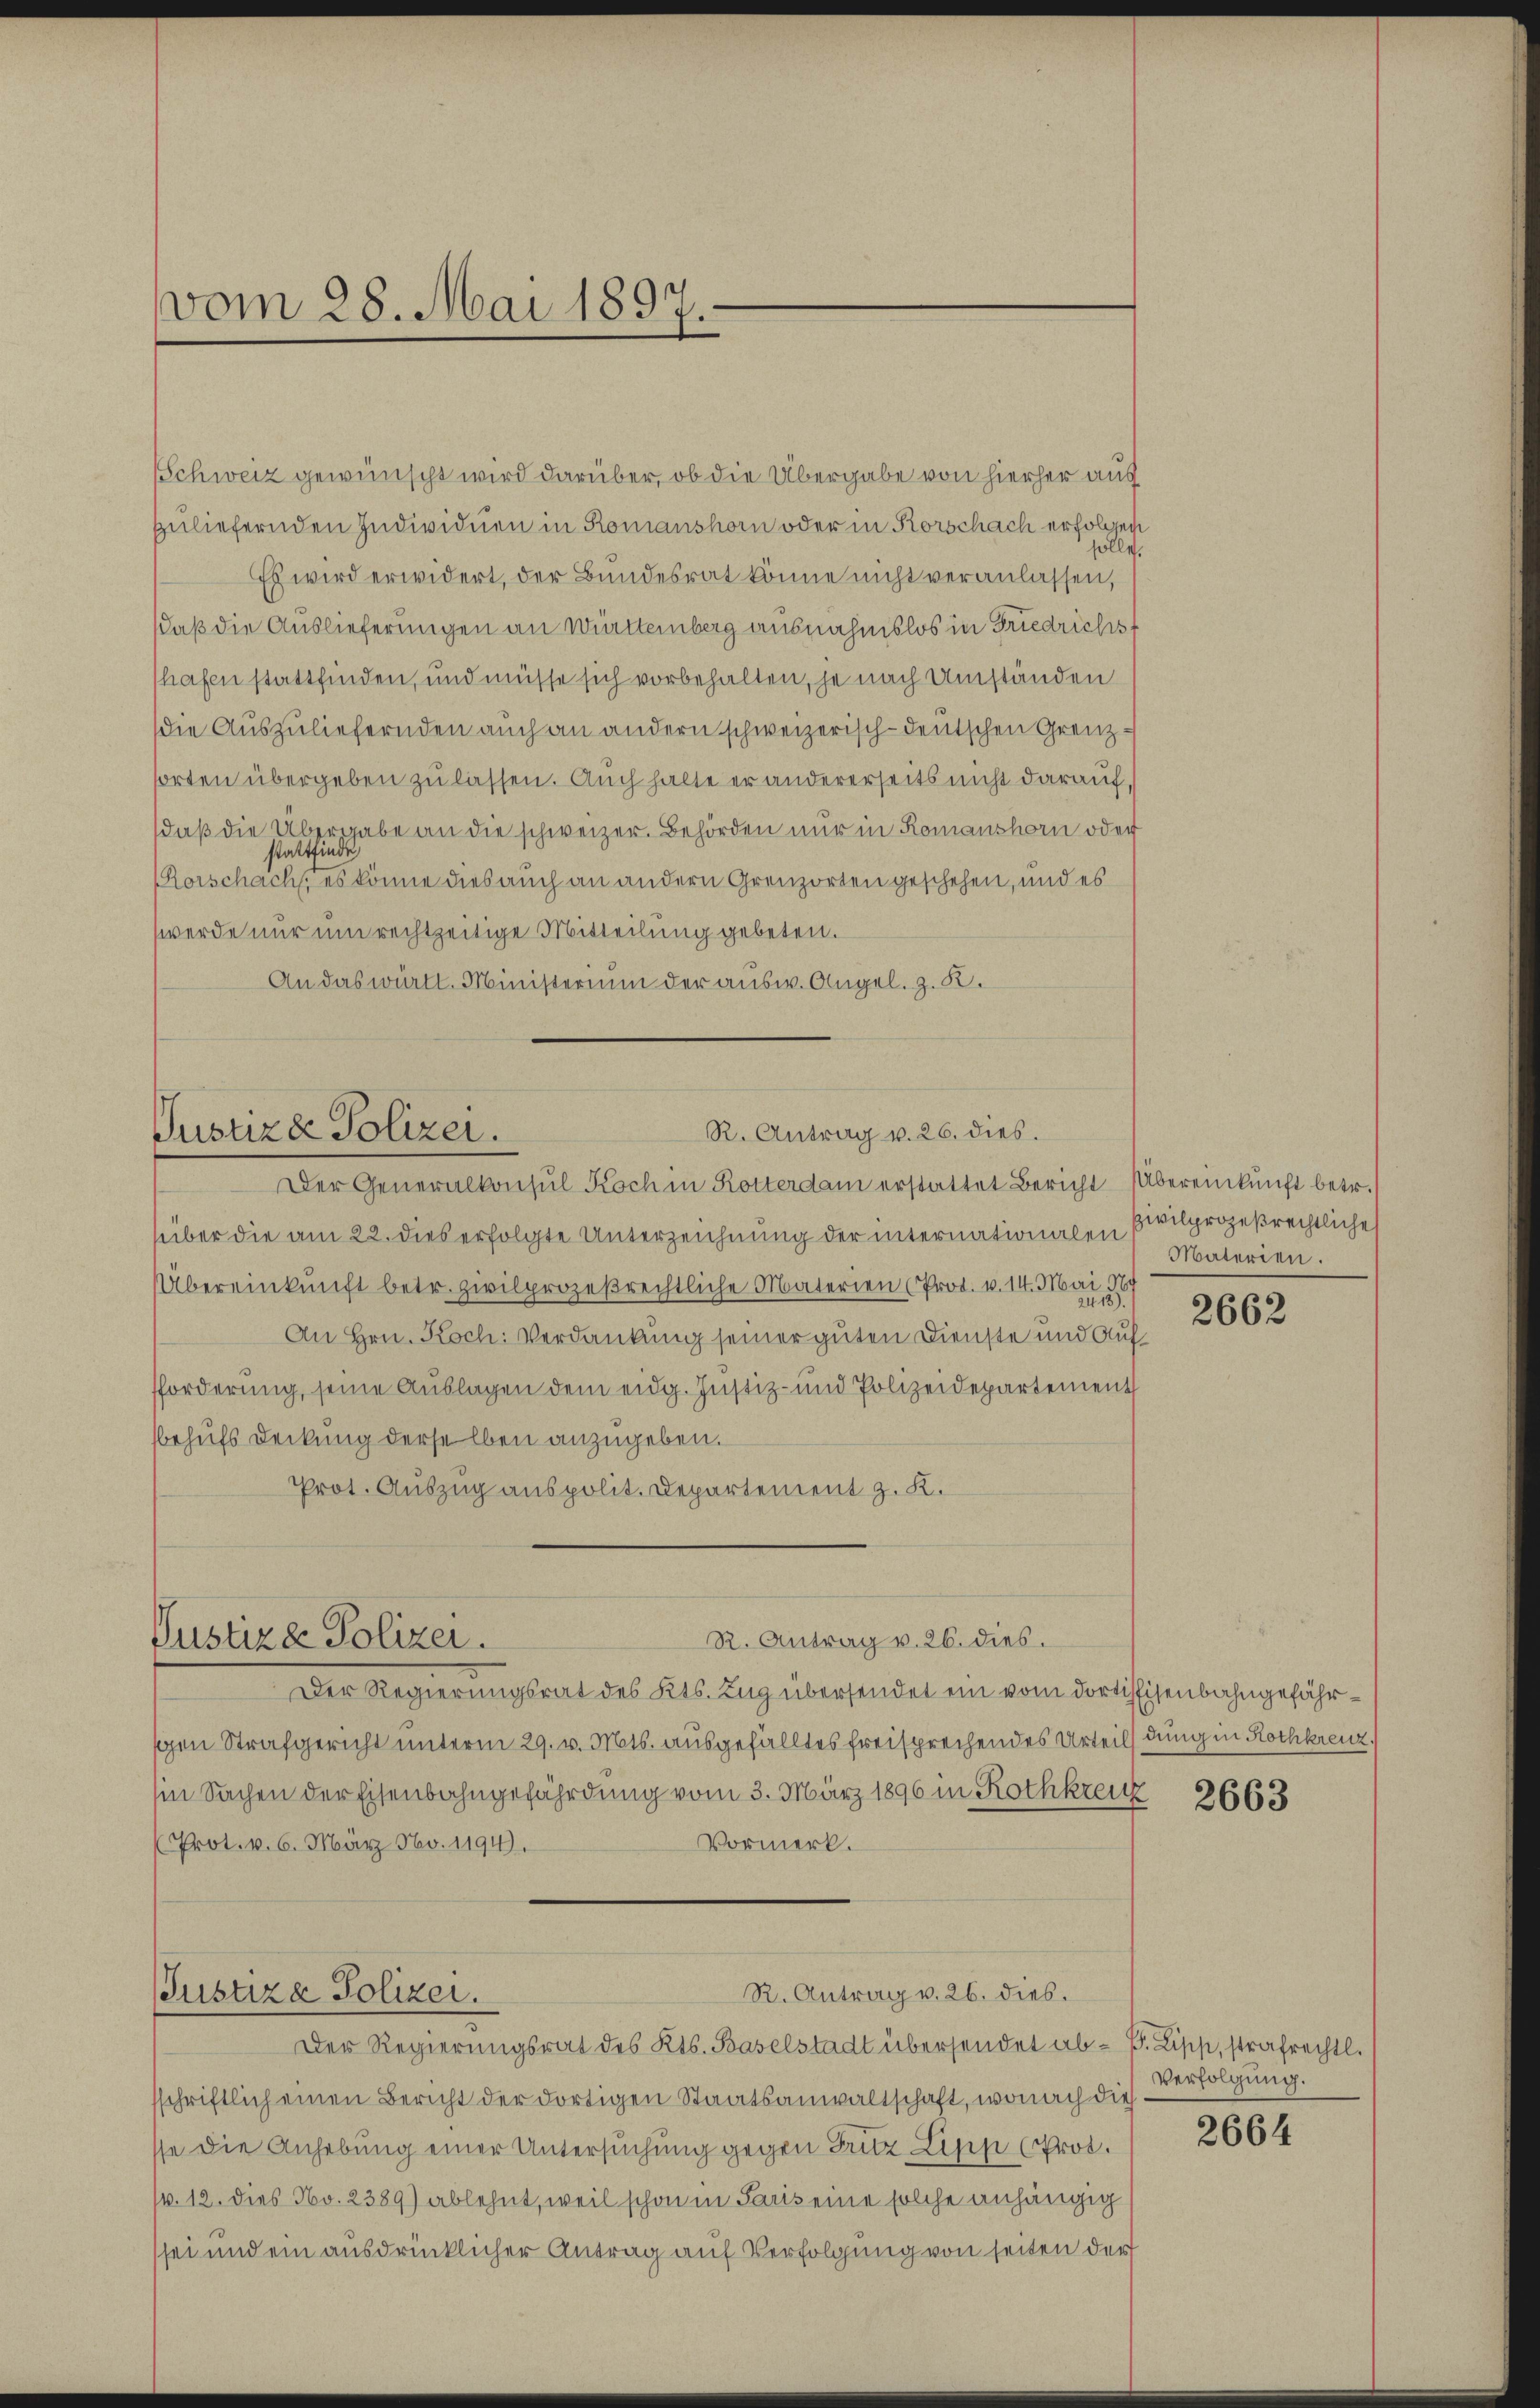
vom 28. Mai 1897.

Schweiz gewünscht wird darüber, ob die Übergabe von hierher aus
geliefernden Individuen in Romanshorn oder in Rorschach erfolgen
solle.
Es wird erwidert, der Bundesrat könne nicht veranlassen,
Daß die Auslieferungen an Württemberg ausnahmslos in Friedrichsf
hafen stattfinden, und müsse sich vorbehalten, je nach Umständen
die Auszuliefernden auch an andern schweizerisch-deutschen Grenzsorten übergeben zu lassen. Auch halte er andererseits nicht darauf, s
daβ die Übergabe an die schweizer. Behörden nur in Romanshorn oder
stattfinde
Rorschach, es könne dies auch an andern Grenzorten geschehen, und es
werde nur um rechtzeitige Mitteilung gebeten.
An das württ. Ministerium der ausw. Angel. z. B.

R. Antrag v. 26. dies.
Pustiza Polizei.

Pustiz & Polizei.
R. Antrag v. 26. dies.

Der Generalkonsul Koch in Rotterdam erstattet Bericht Übereinkunft betr.
über die am 22. dies erfolgte Unterzeichnung der internationalen Civilprozeßrechtliche
Übereinkunft betr. zivilprozeßrechtliche Materien (Prod. v. 14. Mai 189
An Hrn. Koch: Verdankung seiner guten Dienste und Auffforderung, seine Auslagen dem eidg. Justiz- und Polizeidepartement
behufs Deckung derselben anzugeben.
Prot. Auszug aus polit. Departement z. K.

Der Regierungsrat des Kts. Zug übersendet ein vom dortissisenbahngefähren Strafgericht unterm 29. v. Mts. ausgefälltes freisprechendes Urteils dung in Rothkreuz.
in Sachen der Eisenbahngefährdung vom 3. März 1896 in Rothkreuz
Vormerk.
Prot. v. 6. März No. 1194.

R. Antrag v. 26. dies.
Justiza Polizer.

Der Regierungsrat des Kts. Baselstadt übersendet ab- P. Lipp, strafrechtl.
sschriftlich einen Bericht der dortigen Staatsanwaltschaft, wonach dies
se die Anhebung einer Untersuchung gegen Lutz Lipp (Prot.
(v. 12. dies No. 2389) ablehnt, weil schon in Paris eine solche anhängig
sei und ein ausdrücklicher Antrag auf Verfolgung von seiten der

Materien.

2662

2663

Verfolgung.

2664